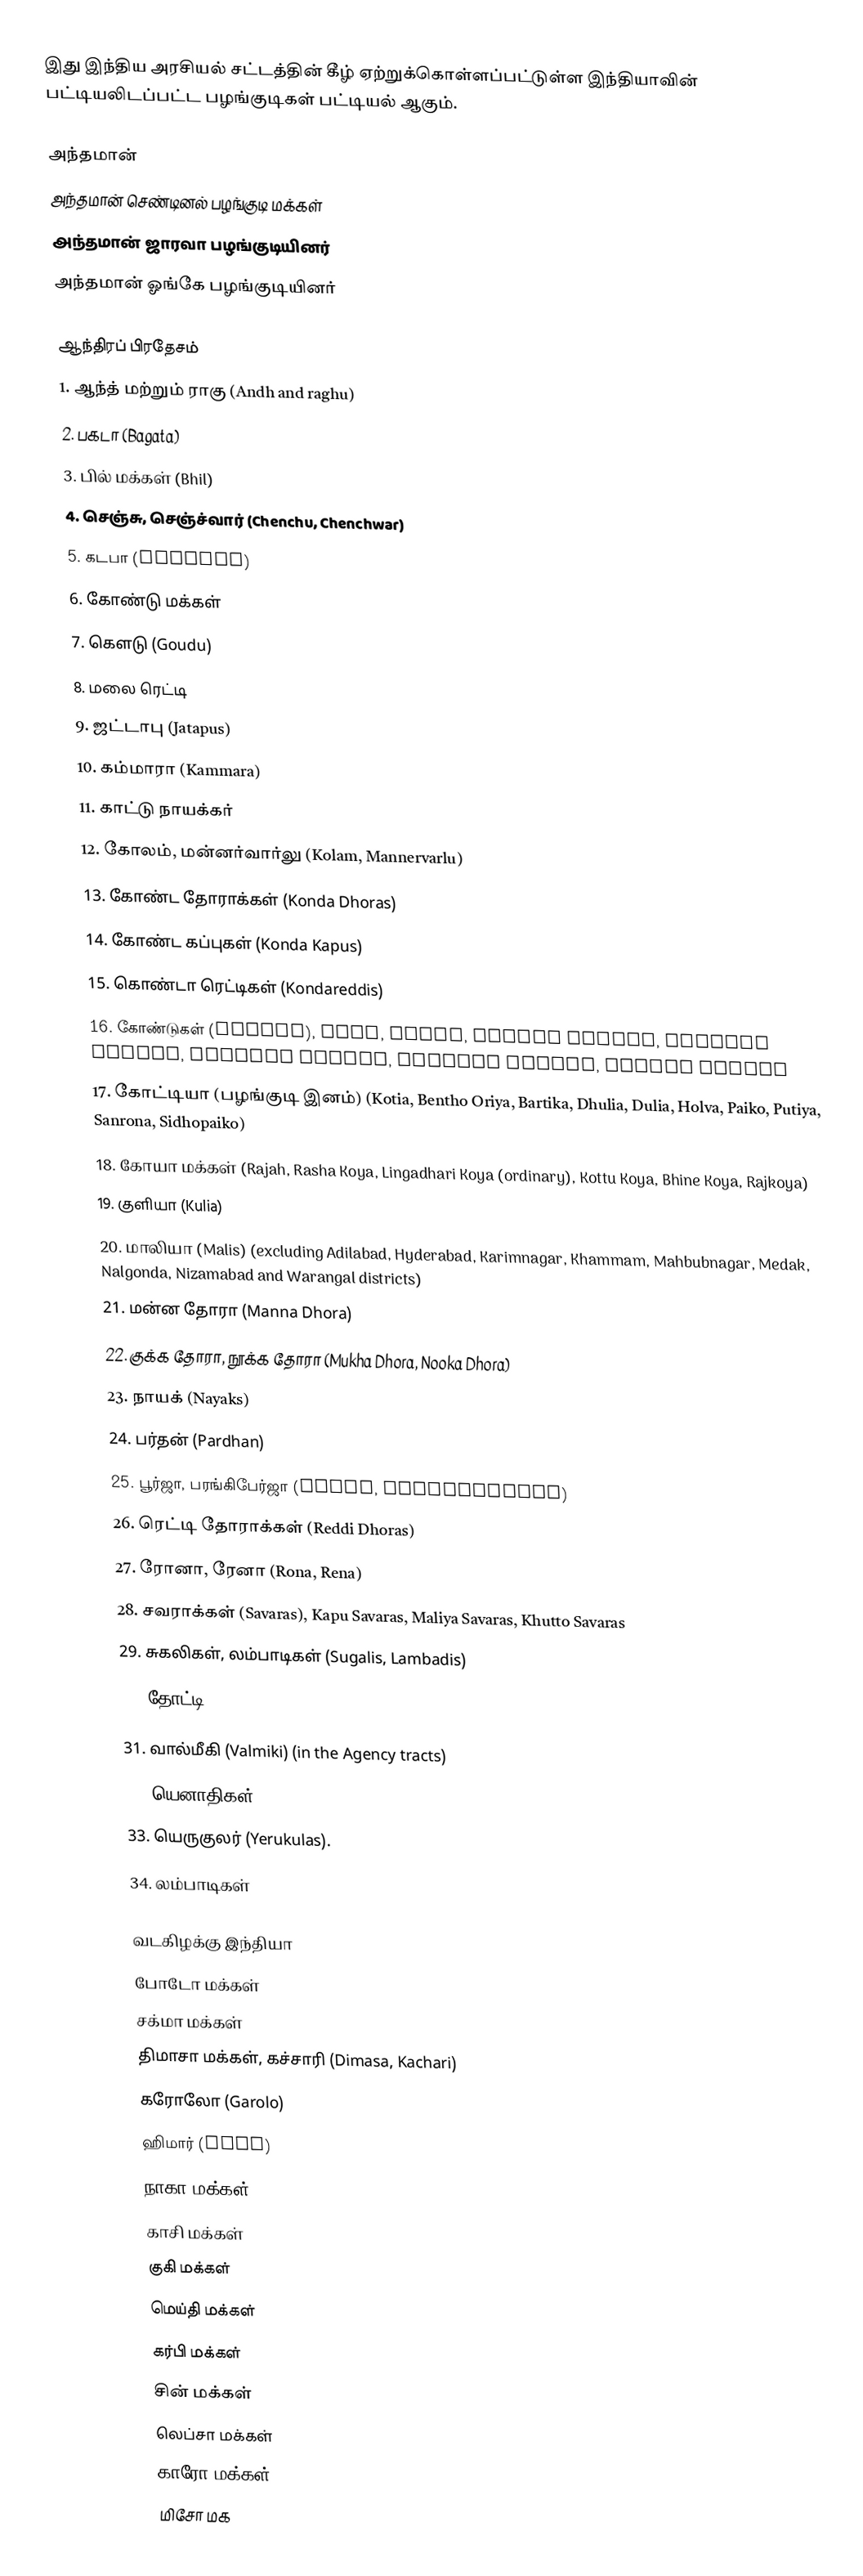
இது இந்திய அரசியல் சட்டத்தின் கீழ் ஏற்றுக்கொள்ளப்பட்டுள்ள இந்தியாவின் பட்டியலிடப்பட்ட பழங்குடிகள் பட்டியல் ஆகும்.

அந்தமான்
 அந்தமான் செண்டினல் பழங்குடி மக்கள்
 அந்தமான் ஜாரவா பழங்குடியினர்
 அந்தமான் ஓங்கே பழங்குடியினர்

ஆந்திரப் பிரதேசம்
 1. ஆந்த் மற்றும் ராகு (Andh and raghu)
 2. பகடா (Bagata)
 3. பில் மக்கள் (Bhil)
 4. செஞ்சு, செஞ்ச்வார் (Chenchu, Chenchwar)
 5. கடபா (Gadabas)
 6. கோண்டு மக்கள்
 7. கௌடு (Goudu)
 8. மலை ரெட்டி
 9. ஜட்டாபு (Jatapus)
 10. கம்மாரா (Kammara)
 11. காட்டு நாயக்கர்
 12. கோலம், மன்னர்வார்லு (Kolam, Mannervarlu)
 13. கோண்ட தோராக்கள் (Konda Dhoras)
 14. கோண்ட கப்புகள் (Konda Kapus)
 15. கொண்டா ரெட்டிகள் (Kondareddis)
 16. கோண்டுகள் (Kondhs), Kodi, Kodhu, Desaya Kondhs, Dongria Kondhs, Kuttiya Kondhs, Tikiria Kondhs, Yenity Kondhs
 17. கோட்டியா (பழங்குடி இனம்) (Kotia, Bentho Oriya, Bartika, Dhulia, Dulia, Holva, Paiko, Putiya, Sanrona, Sidhopaiko)
 18. கோயா மக்கள்  (Rajah, Rasha Koya, Lingadhari Koya (ordinary), Kottu Koya, Bhine Koya, Rajkoya)
 19. குளியா (Kulia)
 20. மாலியா (Malis) (excluding Adilabad, Hyderabad, Karimnagar, Khammam, Mahbubnagar, Medak, Nalgonda, Nizamabad and Warangal districts)
 21. மன்ன தோரா (Manna Dhora)
 22. குக்க தோரா, நூக்க தோரா (Mukha Dhora, Nooka Dhora)
 23. நாயக் (Nayaks)
 24. பர்தன் (Pardhan)
 25. பூர்ஜா, பரங்கிபேர்ஜா (Porja, Parangiperja)
 26. ரெட்டி தோராக்கள் (Reddi Dhoras)
 27. ரோனா, ரேனா (Rona, Rena)
 28. சவராக்கள் (Savaras), Kapu Savaras, Maliya Savaras, Khutto Savaras
 29. சுகலிகள், லம்பாடிகள் (Sugalis, Lambadis)
 30. தோட்டி (Thoti) (in Adilabad, Hyderabad, Karimnagar, Khammam, Mahbubnagar, Medak, Nalgonda, Nizamabad and Warangal districts)
 31. வால்மீகி (Valmiki) (in the Agency tracts)
 32. யெனாதிகள் (Yenadis)
 33. யெருகுலர் (Yerukulas).
 34. லம்பாடிகள்

வடகிழக்கு இந்தியா
  போடோ மக்கள்
  சக்மா மக்கள்
  திமாசா மக்கள், கச்சாரி (Dimasa, Kachari)
  கரோலோ (Garolo)
 ஹிமார் (Hmar)
 நாகா மக்கள்
  காசி மக்கள்
 குகி மக்கள்
  மெய்தி மக்கள்
  கர்பி மக்கள்
  சின் மக்கள் 
  லெப்சா மக்கள்
  காரோ மக்கள்
  மிசோ மக